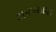
ટાઇપરાઇટર